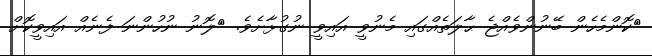
ކޮންމެހެން ބޭނުންވެއްޖެ ޙާލަތެއްގައި މެނުވީ އައިވީ ނުގުޅާށެވެ. 	ލޮނު ނުހުންނަ ފެނެއް އައިވީކޮށް